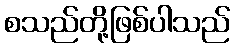
စသည်တို့ဖြစ်ပါသည်